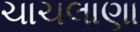
ચાચલાણા